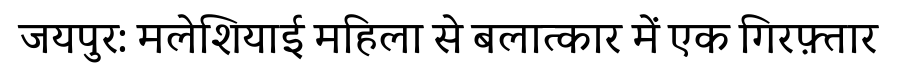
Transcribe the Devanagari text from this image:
जयपुर: मलेशियाई महिला से बलात्कार में एक गिरफ़्तार